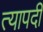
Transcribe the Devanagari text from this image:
त्यापदी